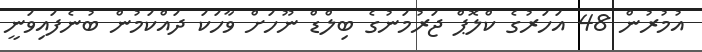
އުމުރުން 48 އަހަރުގެ ކްލޮޕް ޖަރުމަނުގެ ބިލްޑް ނޫހަށް ވާހަކަ ދައްކަމުން ބުނެފައިވަނީ